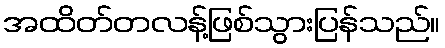
အထိတ်တလန့်ဖြစ်သွားပြန်သည်။